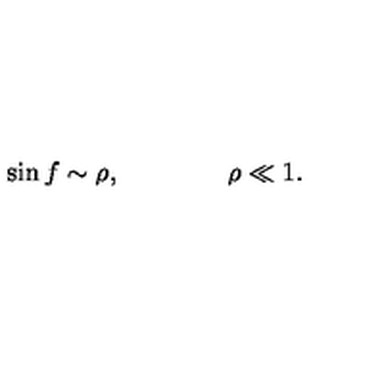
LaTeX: \sin f \sim \rho , \qquad \qquad \rho \ll 1 .